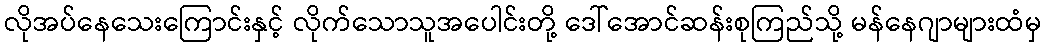
လိုအပ်နေသေးကြောင်းနှင့် လိုက်သောသူအပေါင်းတို့ ဒေါ်အောင်ဆန်းစုကြည်သို့ မန်နေဂျာများထံမှ